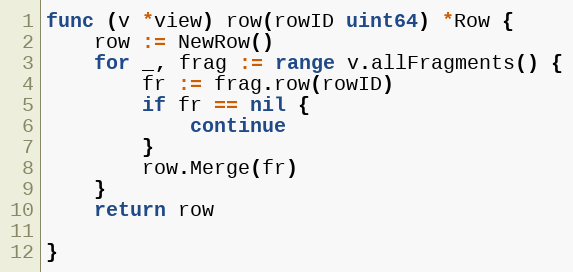
Language: Go
func (v *view) row(rowID uint64) *Row {
	row := NewRow()
	for _, frag := range v.allFragments() {
		fr := frag.row(rowID)
		if fr == nil {
			continue
		}
		row.Merge(fr)
	}
	return row

}